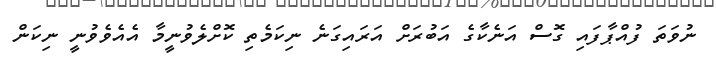
ނުވަތަ ފުއްޕާފައި ގޮސް އަނެކާގެ އަބުރަށް އަރައިގަނެ ނިކަމެތި ކޮށްލެވުނީމާ އެއެވެވުނީ ނިކަން